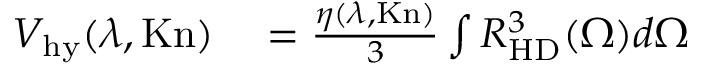
\begin{array} { r l } { { \cal V } _ { \mathrm { h y } } ( \lambda , \mathrm { K n } ) } & { { } = \frac { \eta ( \lambda , \mathrm { K n } ) } { 3 } \int R _ { \mathrm { H D } } ^ { 3 } ( \Omega ) d \Omega } \end{array}